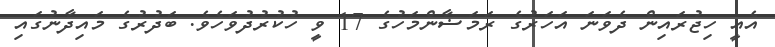
އެއީ ހިޖުރައިން ދެވަނަ އަހަރުގެ ރަމަޟާންމަހުގެ 17 ވީ ހުކުރުދުވަހެވެ. ބަދުރުގެ މައިދާނުގައި